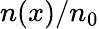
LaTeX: n(x)/n_{0}